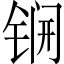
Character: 锎